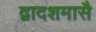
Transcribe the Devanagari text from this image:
द्वादशमासै